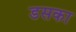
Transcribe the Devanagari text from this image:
डसका